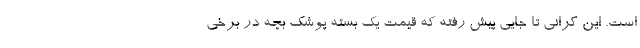
است. این گرانی تا جایی پیش رفته که قیمت یک بسته پوشک بچه در برخی